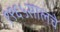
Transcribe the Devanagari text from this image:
१९६५सालचे